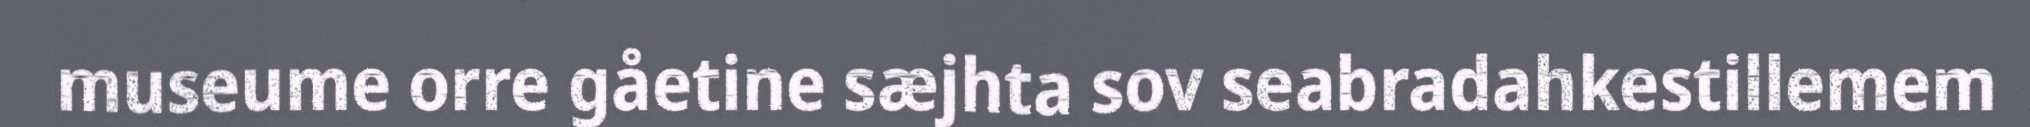
museume orre gåetine sæjhta sov seabradahkestillemem